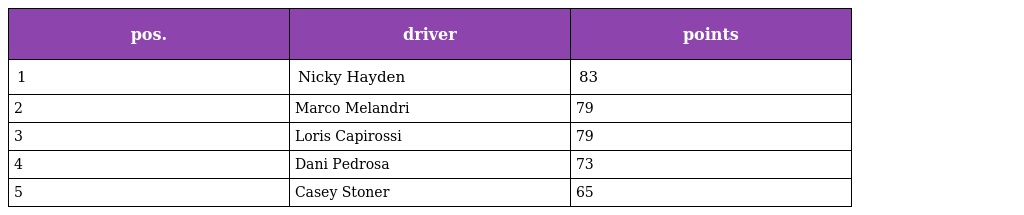
| pos. | driver | points |
 | --- | --- | --- |
 | 1 | Nicky Hayden | 83 |
 | 2 | Marco Melandri | 79 |
 | 3 | Loris Capirossi | 79 |
 | 4 | Dani Pedrosa | 73 |
 | 5 | Casey Stoner | 65 |